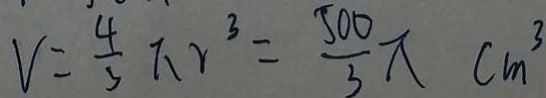
v = \frac { 4 } { 3 } \pi r ^ { 3 } = \frac { 5 0 0 } { 3 } \pi c m ^ { 3 }